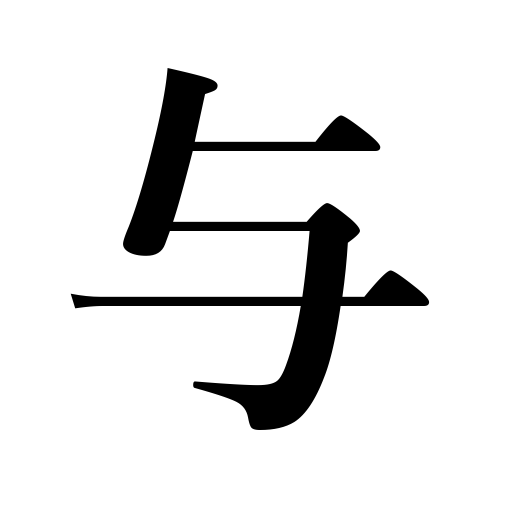
Meanings: provide,give,impart,award,cause pain or damage,allot